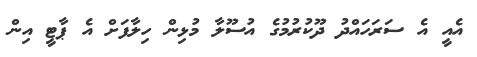
އެއީ އެ ސަރަހައްދު ދޫކުރުމުގެ އުސޫލާ މުޅިން ހިލާފަށް އެ ޕާޓީ އިން